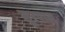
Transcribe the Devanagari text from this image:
सूरपाल